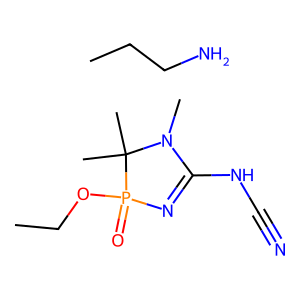
SMILES: CCCN.CCOP1(=O)N=C(NC#N)N(C)C1(C)C
Inhibits HIV replication: No